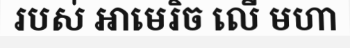
របស់ អាមេរិច លើ មហា